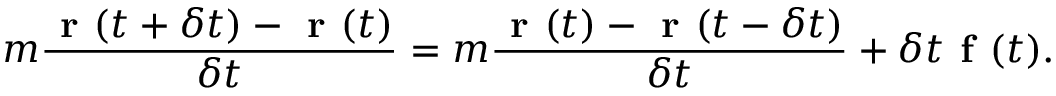
m \frac { \textbf { r } ( t + \delta t ) - \textbf { r } ( t ) } { \delta t } = m \frac { \textbf { r } ( t ) - \textbf { r } ( t - \delta t ) } { \delta t } + \delta t \textbf { f } ( t ) .